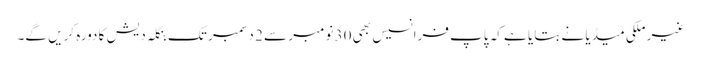
غیر ملکی میڈیا نے بتایا ہے کہ پاپ فرانسیس بھی 30 نومبر سے 2 دسمبر تک بنگلہ دیش کا دورہ کریں گے۔